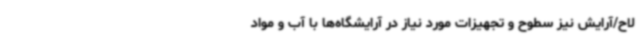
لاح/آرایش نیز سطوح و تجهیزات مورد نیاز در آرایشگاه‌ها با آب و مواد